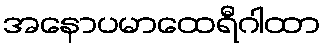
အနောပမာထေရီဂါထာ